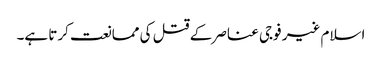
اسلام غیر فوجی عناصر کے قتل کی ممانعت کرتا ہے۔